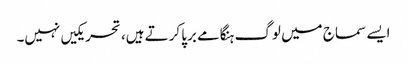
ایسے سماج میں لوگ ہنگامے برپا کرتے ہیں، تحریکیں نہیں۔